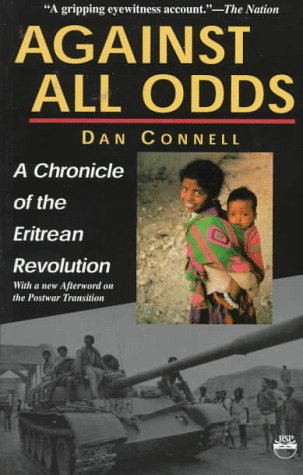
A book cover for Against All Odds: A Chronicle of the Eritrean Revolution With a New Afterword on the Postwar Transiton; Dan Connell; History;